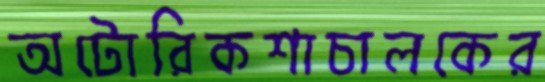
অটোরিকশাচালকের